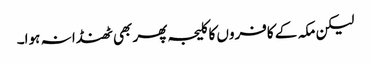
لیکن مکہ کے کافروں کا کلیجہ پھر بھی ٹھنڈا نہ ہوا۔